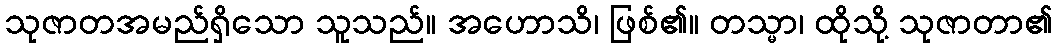
သုဇာတအမည်ရှိသော သူသည်။ အဟောသိ၊ ဖြစ်၏။ တသ္မာ၊ ထိုသို့ သုဇာတာ၏